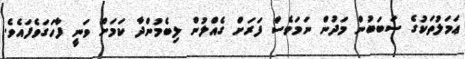
ޢަމަލުތަކުގެ ސަބަބުން މަދުން ނަމަވެސް ފަރަށް ގެއްލުން ލިބެމުންދާ ކަމަށް ވަނީ ފާހަގަވެފައެވެ.